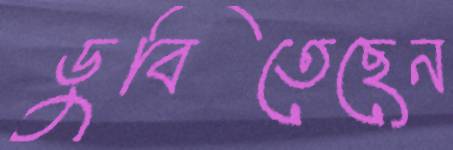
ডুবিতেছেন